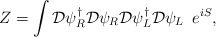
\begin{align*}Z = \int {\cal D} \psi^{\dagger}_R {\cal D}\psi_R {\cal D}\psi^{\dagger}_L {\cal D}\psi_L \,\,\, e^{i S}, \end{align*}